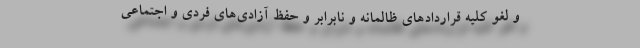
و لغو کلیه قراردادهای ظالمانه و نابرابر و حفظ آزادی‌های فردی و اجتماعی